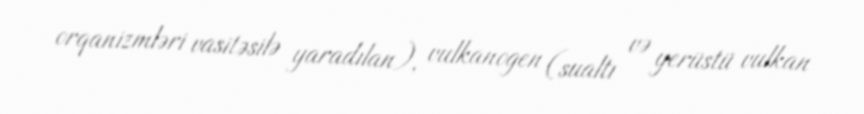
orqanizmləri vasitəsilə yaradılan), vulkanogen (sualtı və yerüstü vulkan